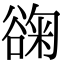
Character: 䜯